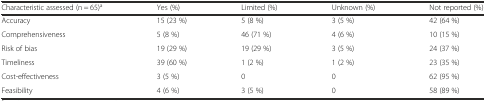
| Characteristic assessed (n = 65)a | Yes (%) | Limited (%) | Unknown (%) | Not reported (%) |
 | --- | --- | --- | --- | --- |
 | Accuracy | 15 (23 %) | 5 (8 %) | 3 (5 %) | 42 (64 %) |
 | Comprehensiveness | 5 (8 %) | 46 (71 %) | 4 (6 %) | 10 (15 %) |
 | Risk of bias | 19 (29 %) | 19 (29 %) | 3 (5 %) | 24 (37 %) |
 | Timeliness | 39 (60 %) | 1 (2 %) | 1 (2 %) | 23 (35 %) |
 | Cost-effectiveness | 3 (5 %) | 0 | 0 | 62 (95 %) |
 | Feasibility | 4 (6 %) | 3 (5 %) | 0 | 58 (89 %) |